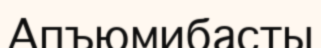
Апъюмибасты